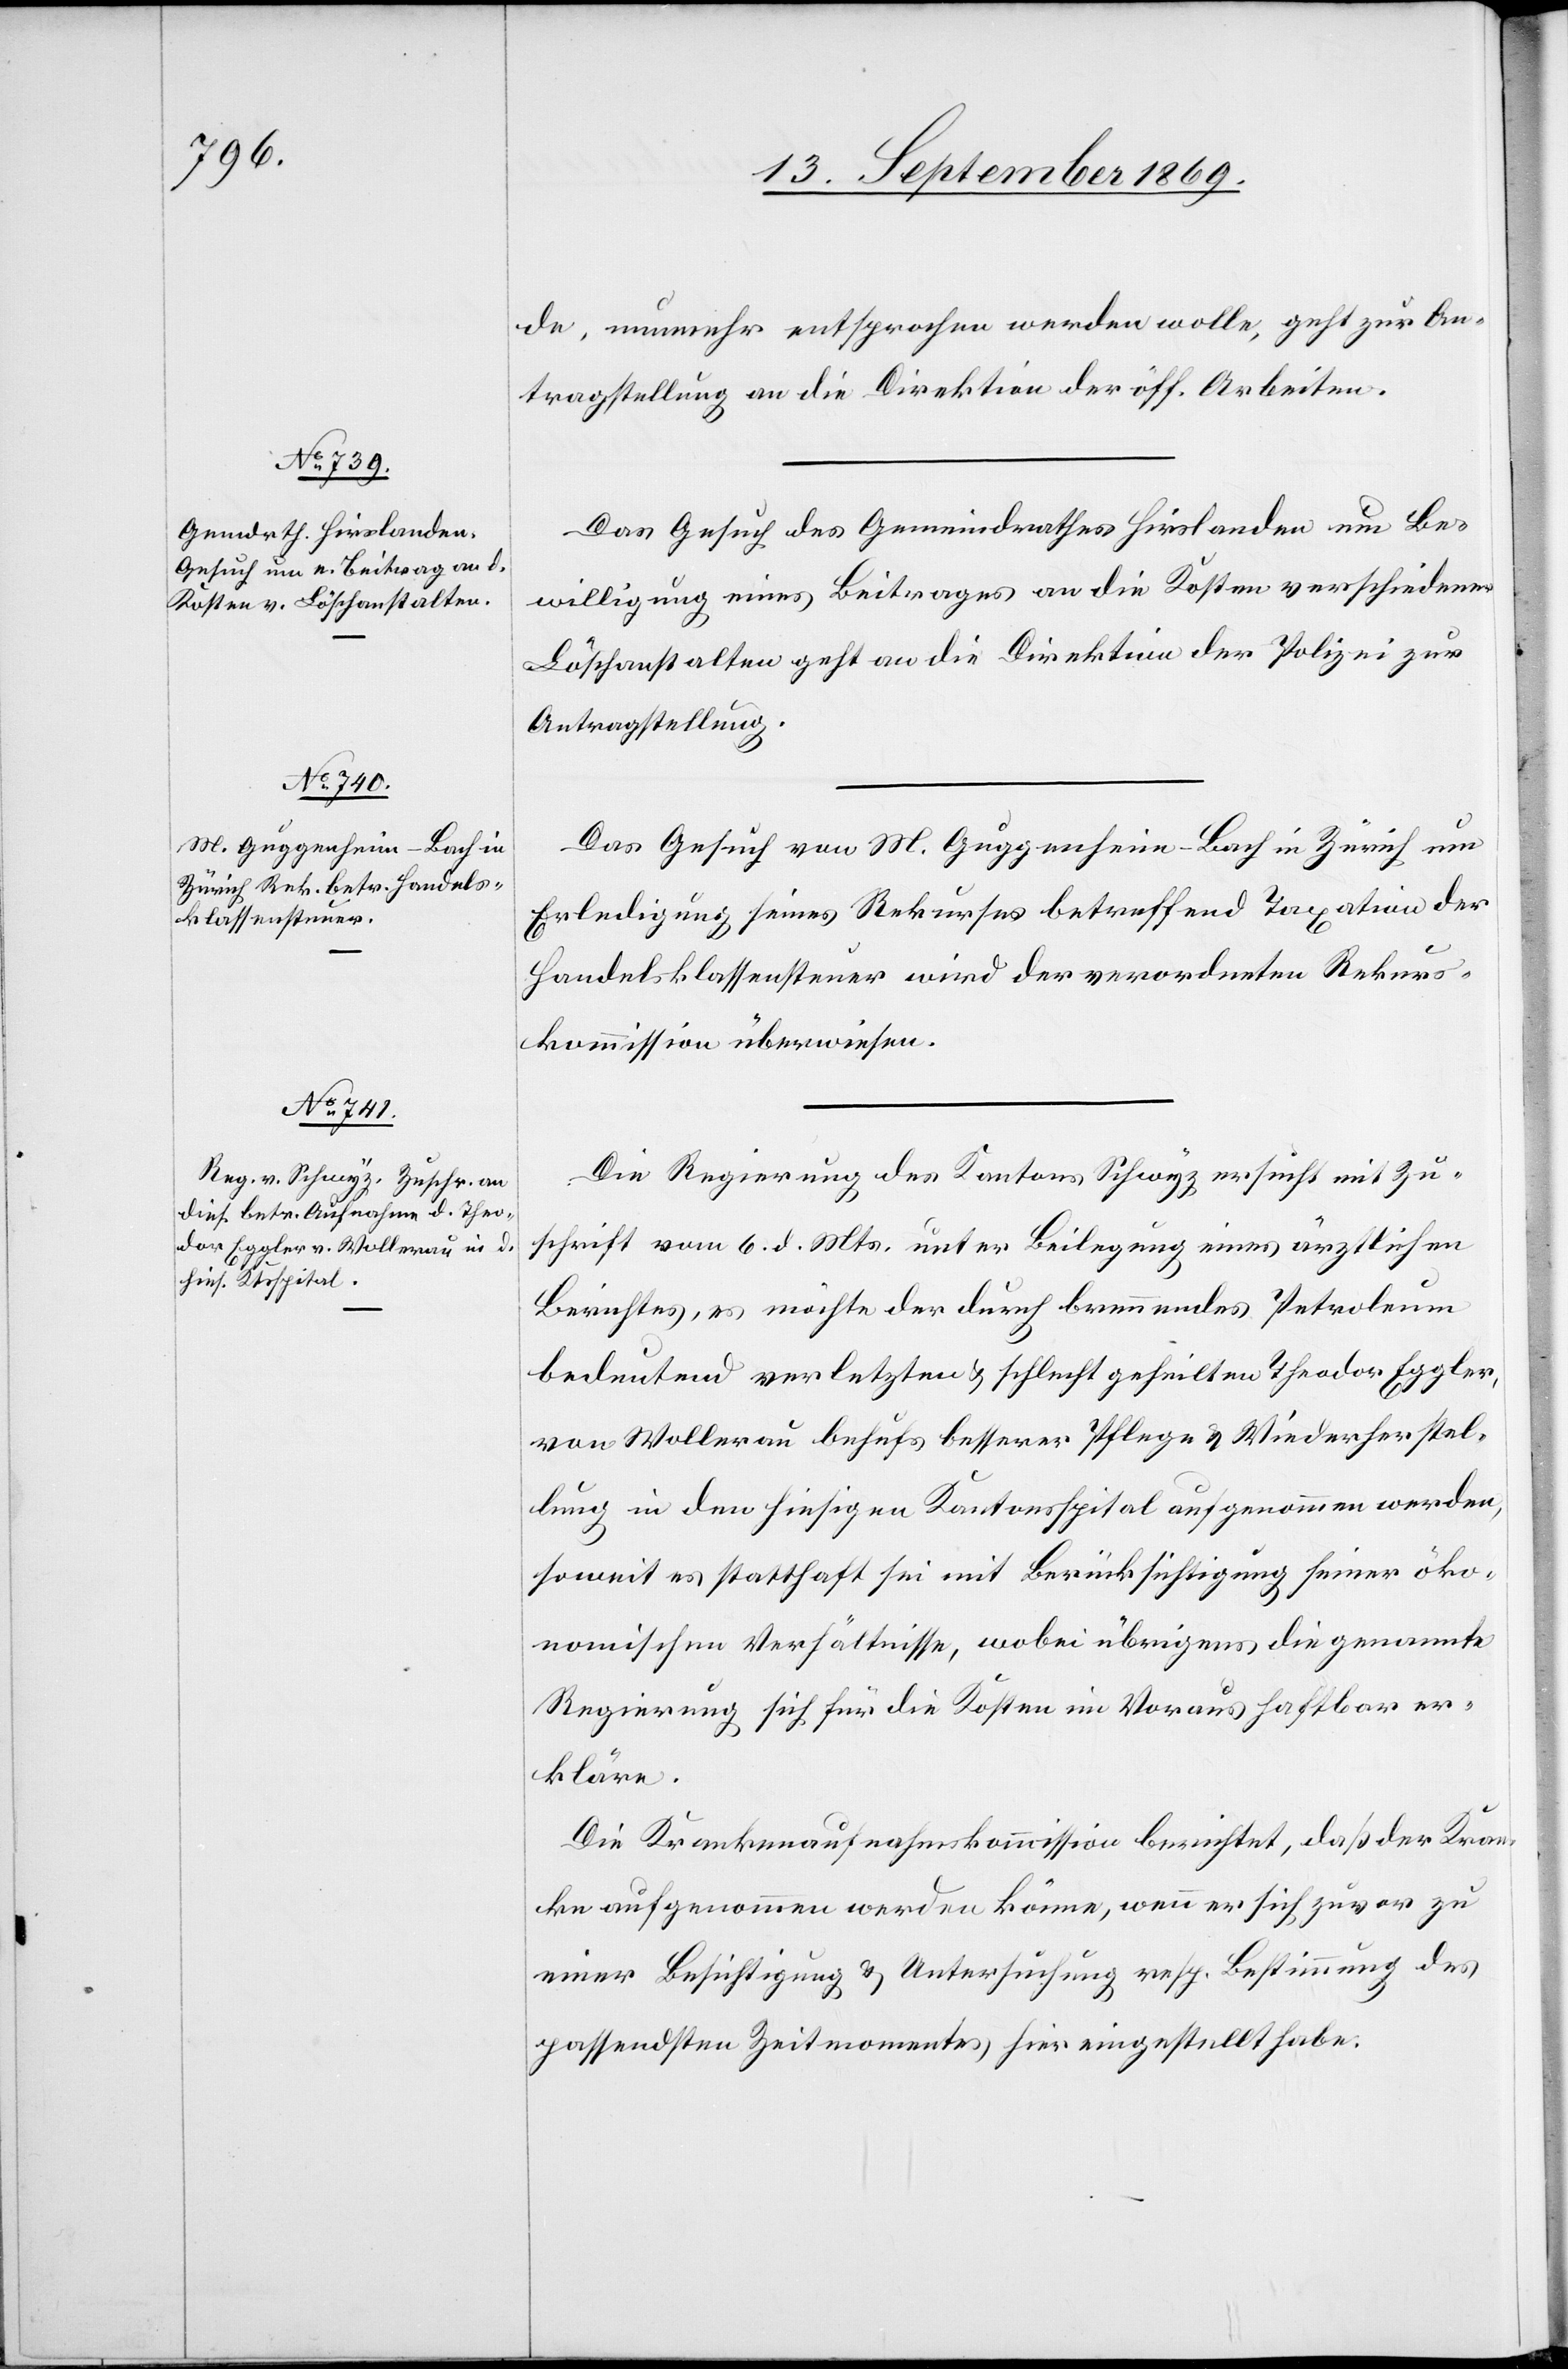
14. September 1869.]
de, nunmehr entsprochen werden wolle, geht zur An¬
tragstellung an die Direktion der öff. Arbeiten.
Das Gesuch des Gemeindrathes Hirslanden um Be¬
willigung eines Beitrages an die Kosten verschiedener
Löschanstalten geht an die Direktion der Polizei zur
Antragstellung.
Das Gesuch von M. Guggenheim-Bach in Zürich um
Erledigung seines Rekurses betreffend Taxation der
Handelsklassensteuer wird der verordneten Rekurs¬
kommission überwiesen.
Die Regierung des Kantons Schwyz ersucht mit Zu¬
schrift vom 6. d. Mts. unter Beilegung eines ärztlichen
Berichtes, es möchte der durch brennendes Petroleum
bedeutend verletzten & schlecht geheilten [sic!] Theodor Eggler,
von Wollerau behufs besserer Pflege & Wiederherstel¬
lung in den hiesigen Kantonsspital aufgenommen werden,
soweit es statthaft sei mit Berücksichtigung seiner öko¬
nomischen Verhältnisse, wobei übrigens die genannte
Regierung sich für die Kosten im Voraus haftbar er¬
kläre.
Die Krankenaufnahmskommission berichtet, daß der Kran¬
ke aufgenommen werden könne, wenn er sich zuvor zu
einer Besichtigung & Untersuchung resp. Bestimmung des
passendsten Zeitmomentes hier eingestellt habe.